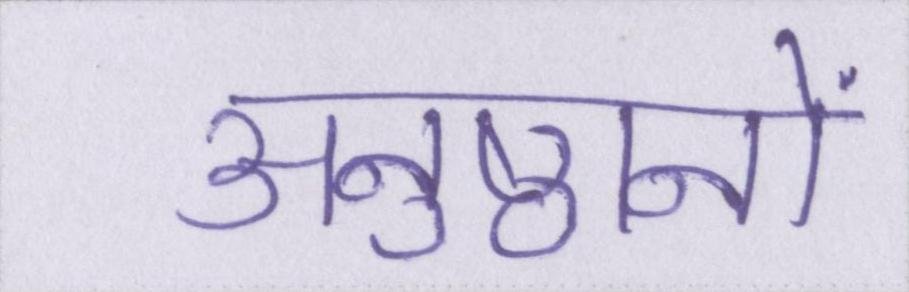
अनुष्ठानों